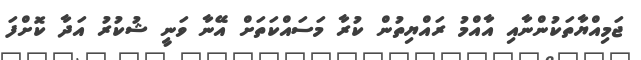
ޖަމިއްޔާތަކުންނާއި އާއްމު ރައްޔިތުން ކުރާ މަސައްކަތަށް އޭނާ ވަނީ ޝުކުރު އަދާ ކޮށްފަ